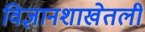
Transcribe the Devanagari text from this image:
विज्ञानशाखेतली